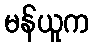
မန်ယူက